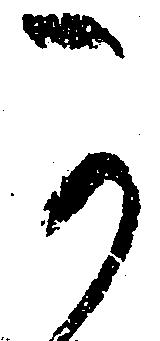
可